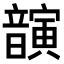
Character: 𫖚